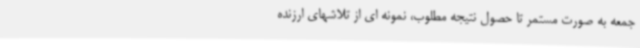
جمعه به صورت مستمر تا حصول نتیجه مطلوب، نمونه ای از تلاشهای ارزنده